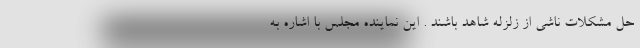
حل مشکلات ناشی از زلزله شاهد باشند . این نماینده مجلس با اشاره به